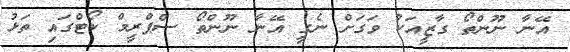
އޭނާ ނޫންތޯ ގާޒީއަކު ވަގަށް ނެގީ އޭނާ ނޫންތޯ ސްޕްރީމް ކޯޓްގައި ތަޅު